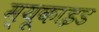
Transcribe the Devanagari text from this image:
म्यूकाइड